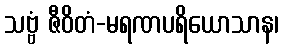
သဗ္ဗံ ဇီဝိတံ-မရဏပရိယောသာန၊